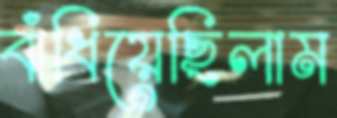
বাঁধিয়েছিলাম